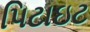
પિટાઇટ